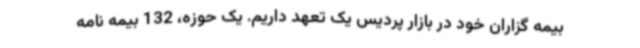
بیمه گزاران خود در بازار پردیس یک تعهد داریم. یک حوزه، 132 بیمه نامه